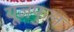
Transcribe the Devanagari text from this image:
यूज़फुल